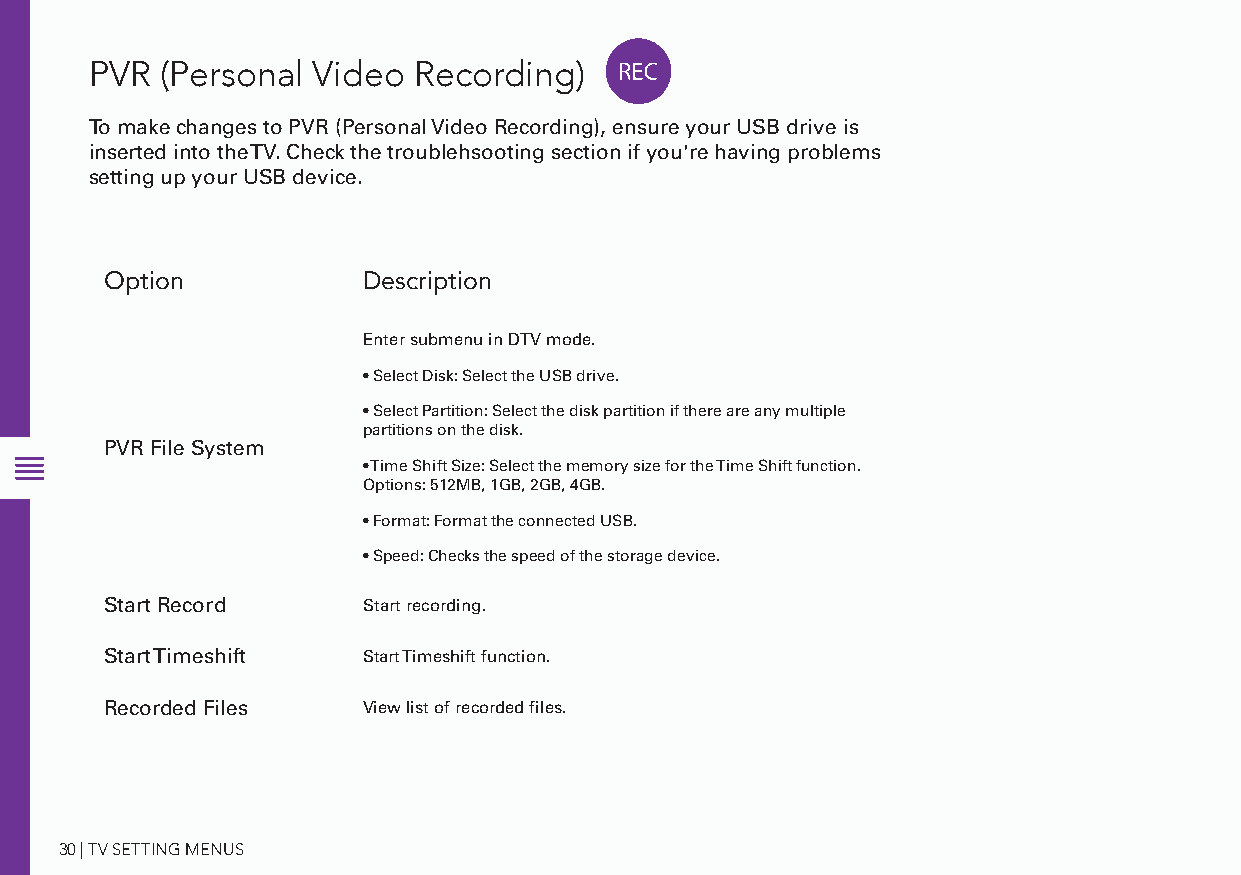
PVR  (Personal Video Recording)
 To make changes to PVR (Personal Video Recording), ensure your USB drive is
 inserted into the TV. Check the troublehsooting section if you're having problems
 setting up your USB device.
 Option           Description
 Enter submenu in DTV mode.
 • Select Disk: Select the USB drive.
 • Select Partition: Select the disk partition if there are any multiple
 partitions on the disk.
 PVR File System
 • Time Shift Size: Select the memory size for the Time Shift function.
 Options: 512MB, 1GB, 2GB, 4GB.
 • Format: Format the connected USB.
 • Speed: Checks the speed of the storage device.
 Start Record     Start recording.
 Start Timeshift  Start Timeshift function.
 Recorded Files   View list of recorded files.
 30 | TV SETTING MENUS